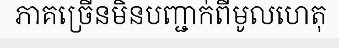
ភាគច្រើនមិនបញ្ជាក់ពីមូលហេតុ